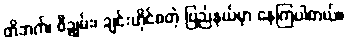
တိဘက်၊ စီချွမ်း၊ ချင်းဟိုင်စတဲ့ ပြည်နယ်မှာ နေကြပါတယ်။